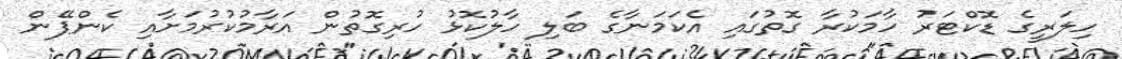
ހިލަރީގެ ޑޮކްޓަރު ހާމަކުރާ ގޮތުގައި އެކަމަނާގެ ބަލި ހާލުކޮޅު ހުރިގޮތުން އަރާމުކުރުމަށާއި ކެންޕޭން